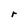
Character: r